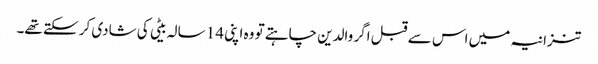
تنزانیہ میں اس سے قبل اگر والدین چاہتے تو وہ اپنی 14 سالہ بیٹی کی شادی کر سکتے تھے۔